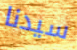
سيدنا